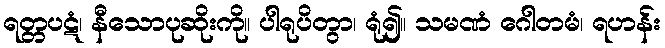
ရတ္တပဋံ၊ နီသောပုဆိုးကို။ ပါရုပိတွာ၊ ရုံ၍။ သမဏံ ဂေါတမံ၊ ရဟန်း